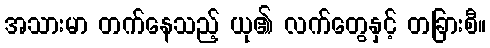
အသားမာ တက်နေသည့် ယု၏ လက်တွေနှင့် တခြားစီ။